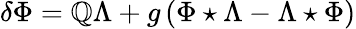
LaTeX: \delta\Phi=\mathbb{Q}\Lambda+g\left(\Phi\star\Lambda-\Lambda\star\Phi\right)